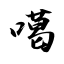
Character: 噶